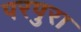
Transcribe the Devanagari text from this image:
परपुरा